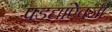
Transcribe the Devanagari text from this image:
पडद्यांऐवजी